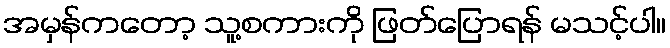
အမှန်ကတော့ သူ့စကားကို ဖြတ်ပြောရန် မသင့်ပါ။